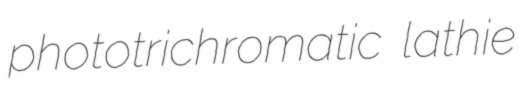
phototrichromatic lathie